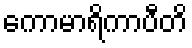
ကောမာရိကာပီတိ